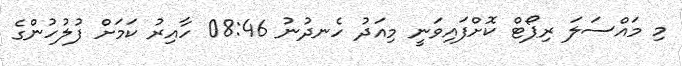
މި މައްސަލަ ރިޕޯޓް ކޮށްފައިވަނީ މިއަދު ހެނދުނު 08:46 ހާއިރު ކަމަށް ފުލުހުންގެ